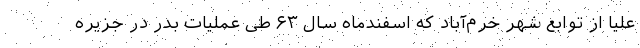
علیا از توابع شهر خرم‌آباد که اسفندماه سال ۶۳ طی عملیات بدر در جزیره